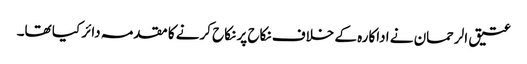
عتیق الرحمان نے اداکارہ کے خلاف نکاح پر نکاح کرنے کا مقدمہ دائر کیا تھا۔